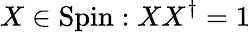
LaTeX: X\in\operatorname{Spin}:XX^{\dagger}=1